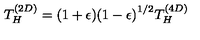
T _ { H } ^ { ( 2 D ) } = ( 1 + \epsilon ) { ( 1 - \epsilon ) } ^ { 1 / 2 } T _ { H } ^ { ( 4 D ) }